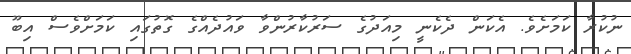
ނުކުރާ ކަމަށެވެ. އެކަން ދެކެނީ މިއަދުގެ ސަރުކާރުންވާ ވައުދެއްގެ ގޮތުގައި ކަމަށްވެސް އިބޫ